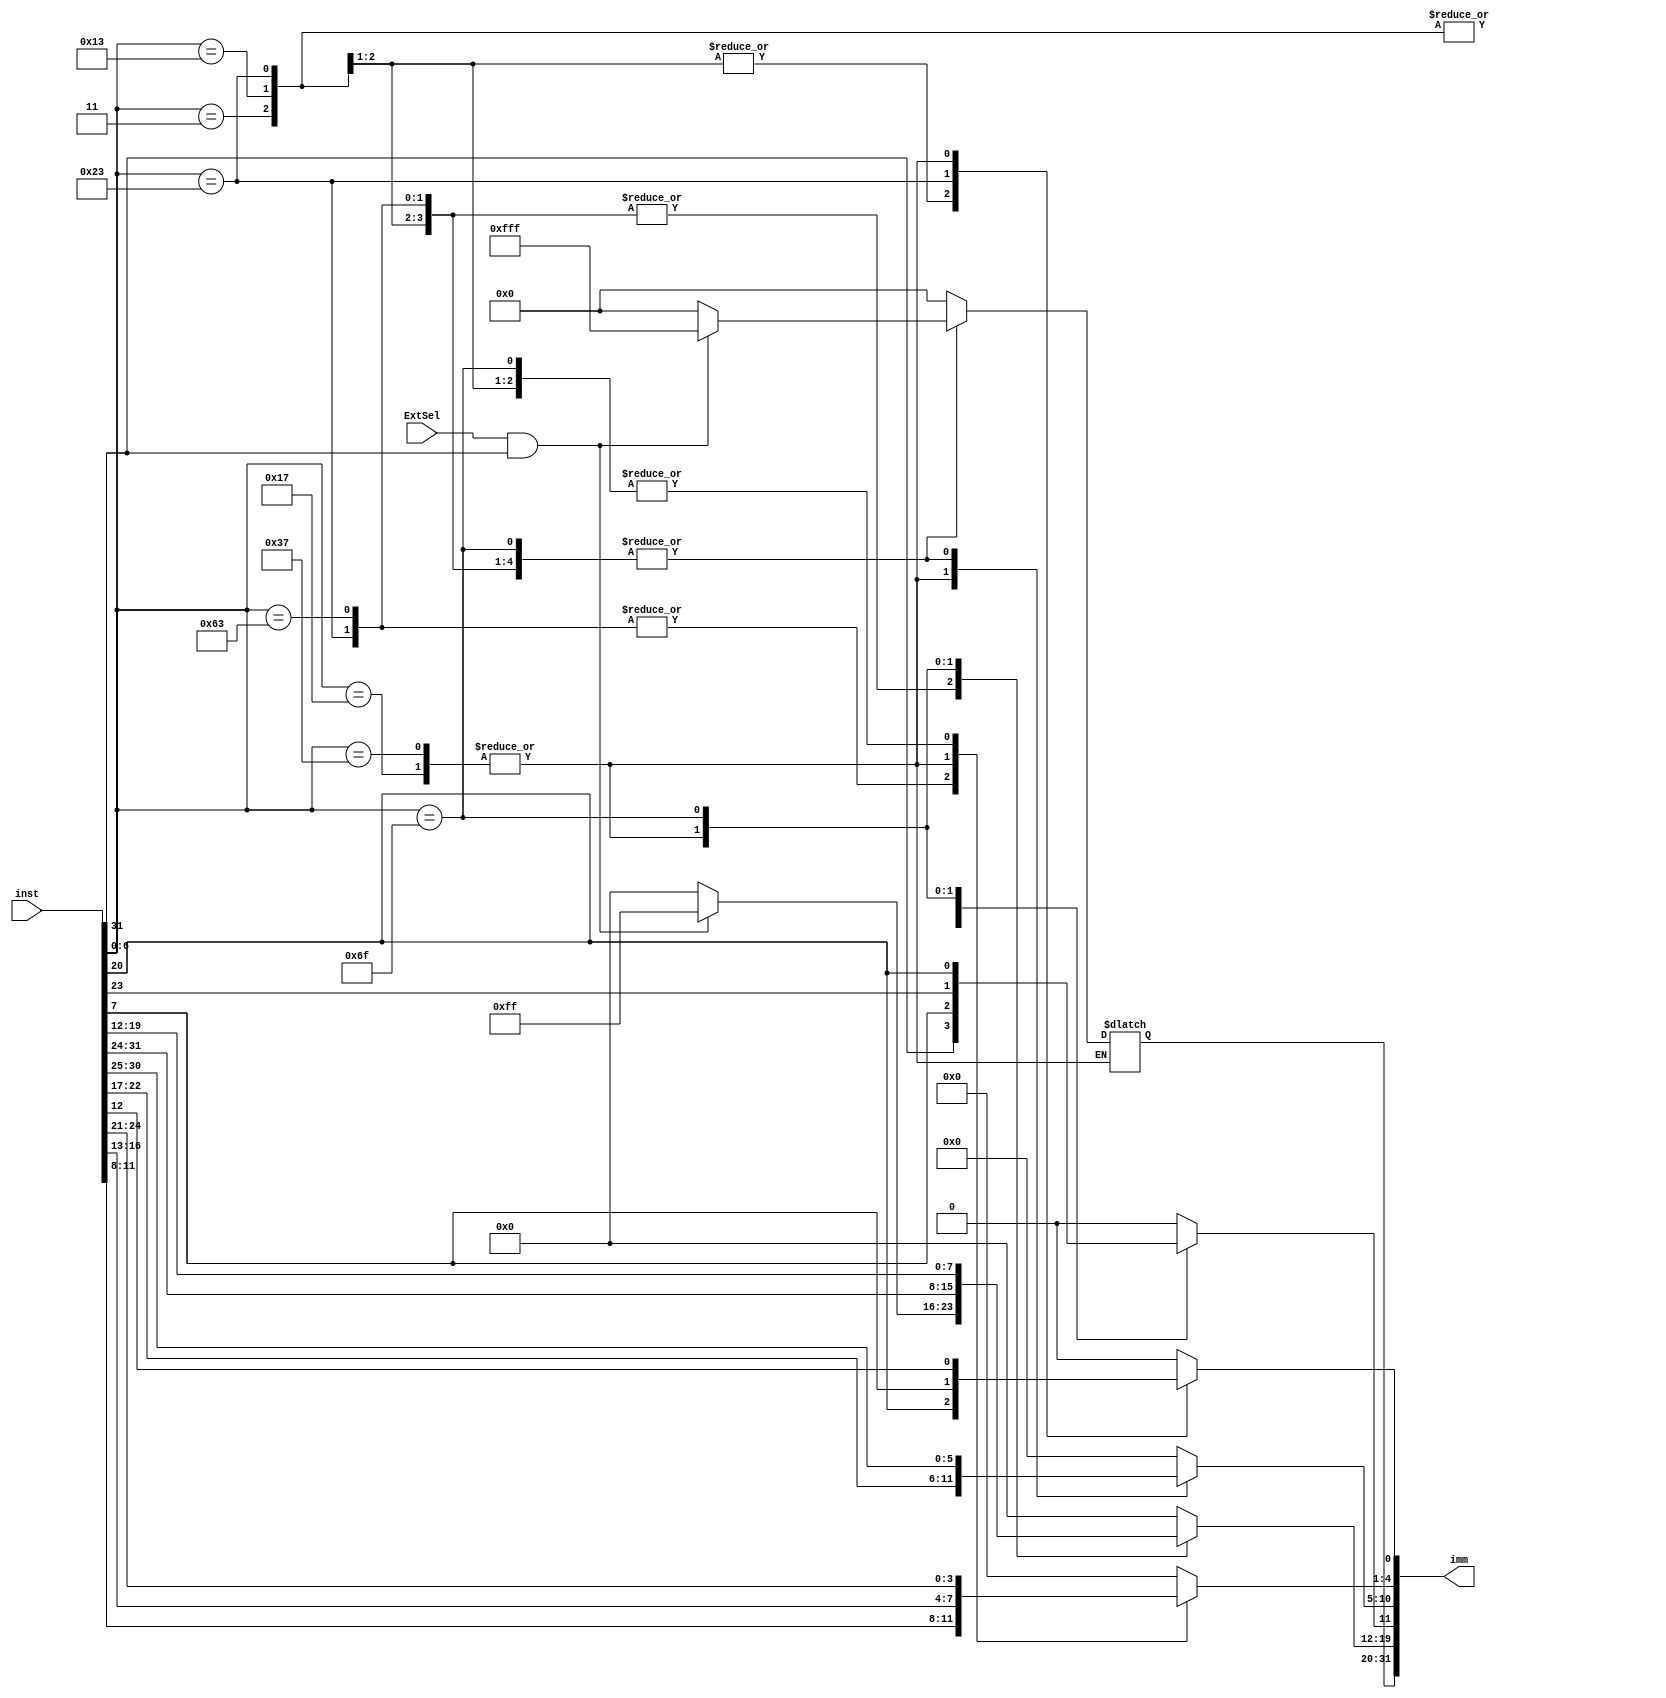
`timescale 1ns / 1ps
module GetImm(
    input ExtSel,                   // zero-extends/msb-extend
    input [31:0] inst,              // instruction
    output reg [31:0] imm           // immediate number
    );

    initial begin
        imm <= 32'h0000_0000;
    end

    always @(inst) begin
        case (inst[6:0])
            7'b0010_011,
            7'b0000_011: 
            begin
                imm[11:0] <= inst[31:20];
                if (ExtSel && inst[31]==1) imm[31:12] <= 20'hfffff;
                else imm[31:12] <= 20'h00000;
            end
            7'b0100_011: 
            begin
                imm[4:0] <= inst[11:7];
                imm[11:5] <= inst[31:25];
                if (ExtSel && inst[31]==1) imm[31:12] <= 20'hfffff;
                else imm[31:12] <= 20'h00000;
            end
            7'b1100_011: 
            begin
                imm[0] <= 0;
                imm[11] <= inst[7];
                imm[4:1] <= inst[11:8];
                imm[10:5] <= inst[30:25];
                imm[12] <= inst[31];
                if (ExtSel && inst[31]==1) imm[31:12] <= 20'hfffff;
                else imm[31:12] <= 20'h00000;
            end
            7'b0110_111,
            7'b0010_111:
            begin
                imm[19:0] <= inst[31:12];
            end
            7'b1101_111: 
            begin
                imm[0] <= 0;
                imm[19:12] <= inst[19:12];
                imm[11] <= inst[20];
                imm[10:1] <= inst[30:21];
                imm[20] <= inst[31];
                if (ExtSel && inst[31]==1) imm[31:20] <= 12'hfff;
                else imm[31:20] <= 12'h000;
            end
            default imm <= 32'h0000_0000;
        endcase
    end
endmodule